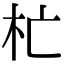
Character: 杧